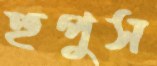
হুপুস